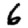
Digit: 6